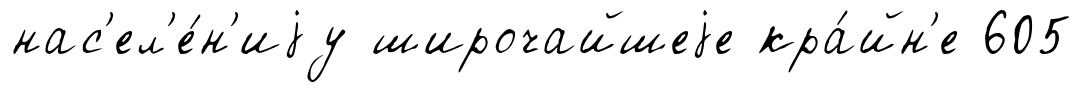
нас'ел'е́н'иjу широчайшеjе кра́йн'е 605